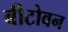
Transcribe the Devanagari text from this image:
बीटोवन